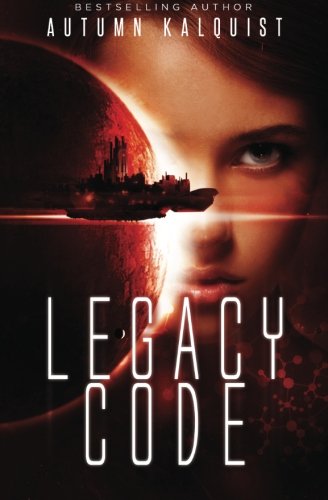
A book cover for Legacy Code (Legacy Code Saga) (Volume 1); Autumn Kalquist; Science Fiction & Fantasy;